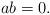
LaTeX: \begin{align*}ab=0.\end{align*}